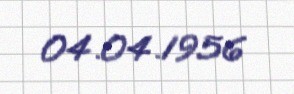
04.04.1956